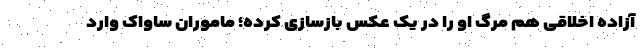
آزاده اخلاقی هم مرگ او را در یک عکس بازسازی کرده؛ ماموران ساواک وارد